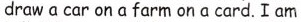
draw a car on a farm on a card.I am